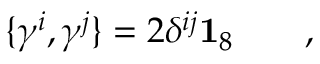
\{ \gamma ^ { i } , \gamma ^ { j } \} = 2 \delta ^ { i j } \mathbf { 1 } _ { 8 } \qquad ,